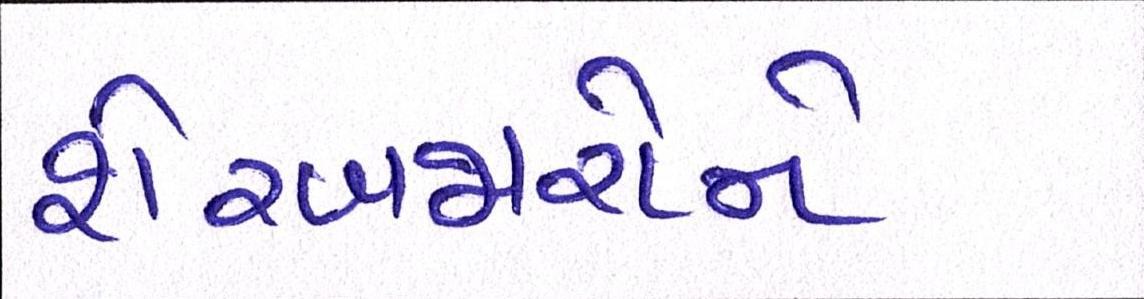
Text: શેરબજારોને